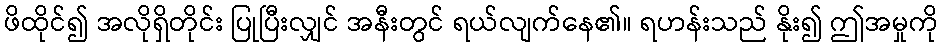
ဖိထိုင်၍ အလိုရှိတိုင်း ပြုပြီးလျှင် အနီးတွင် ရယ်လျက်နေ၏။ ရဟန်းသည် နိုး၍ ဤအမှုကို